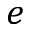
e